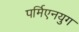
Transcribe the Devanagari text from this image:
पर्मिएनयुग